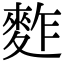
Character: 𪌟